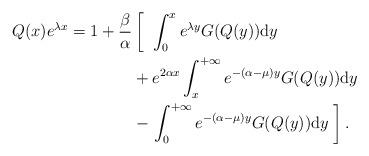
LaTeX: \begin{align*}Q(x)e^{\lambda x}=1+\frac{\beta}{\alpha}&\left[\; \; \int_0^x e^{\lambda y} G(Q(y))\mathrm{d}y \right. \\&+e^{2\alpha x}\int_x^{+\infty} e^{-(\alpha-\mu )y} G(Q(y))\mathrm{d}y \\&-\left.\int_0^{+\infty} e^{-(\alpha-\mu ) y} G(Q(y))\mathrm{d}y \;\right]. \end{align*}